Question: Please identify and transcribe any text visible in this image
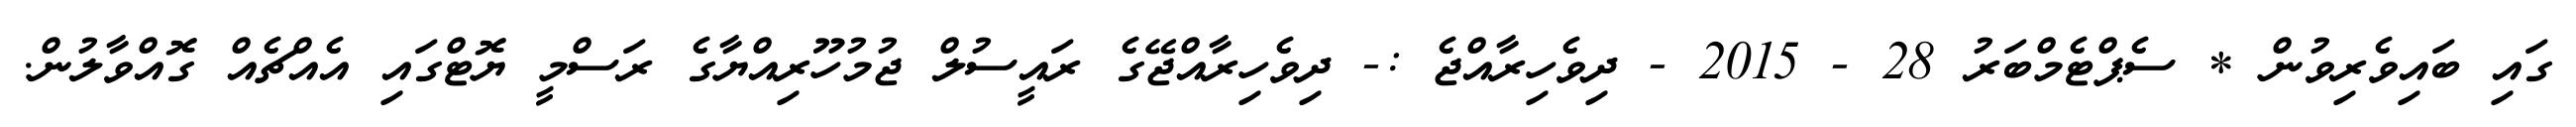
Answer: ގައި ބައިވެރިވުން * ސެޕްޓެމްބަރު 28 - 2015 - ދިވެހިރާއްޖެ :- ދިވެހިރާއްޖޭގެ ރައީސުލް ޖުމުހޫރިއްޔާގެ ރަސްމީ ޔޮޓްގައި އެއްޗެއް ގޮއްވާލުން.